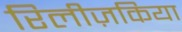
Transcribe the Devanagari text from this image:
रिलीज़किया